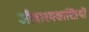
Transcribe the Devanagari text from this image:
जीवाश्मशास्त्रियों